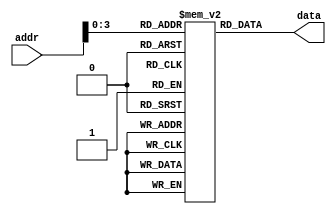
module memory#(parameter DATA_WIDTH = 8,parameter ADDR_LENTH = 16)(addr,data);
	input [DATA_WIDTH-1:0] addr;
    output reg[DATA_WIDTH-1:0] data;
    reg [DATA_WIDTH-1:0] list[ADDR_LENTH-1:0];

    initial
    begin
        data=0;
        list[0]=8'h00000003;
        list[1]=8'h00000002;
        list[2]=8'h00000000;
        list[3]=8'h00000007;
        list[4]=8'h00000004;
        list[5]=8'h00000000;
        list[6]=8'h00000000;
        list[7]=8'h0000000b;
        list[8]=8'h00000006;
        list[9]=8'h00000000;
        list[10]=8'h00000000;
        list[11]=8'h00000000;
        list[12]=8'h00000008;
        list[13]=8'h00000000;
        list[14]=8'h00000000;
        list[15]=8'h00000000;
    end
    
    always@(addr) begin
        data<=list[addr];
    end
endmodule